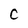
Character: C